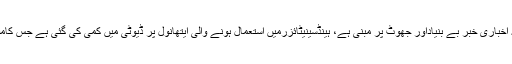
ڈاکٹر شہباز گل نے اس خبر کے حوالے سے اپنے وضاحتی بیان میں کہا کہ " یہ اخباری خبر بے بنیاداور جھوٹ پر مبنی ہے، ہینڈسینیٹائزرمیں استعمال ہونے والی ایتھانول پر ڈیوٹی میں کمی کی گئی ہے جس کامقصد مقامی مارکیٹ میں سینیٹائزرکی قیمتوں میں کمی کے لیے اقدامات کرناہے۔